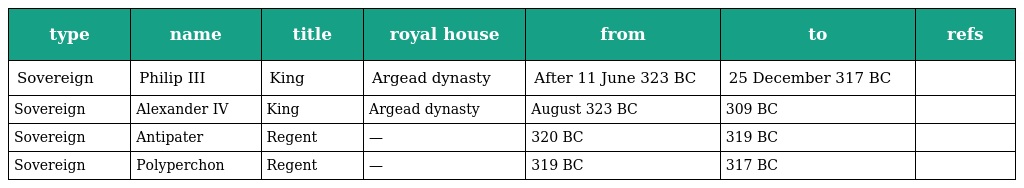
| type | name | title | royal house | from | to | refs |
 | --- | --- | --- | --- | --- | --- | --- |
 | Sovereign | Philip III | King | Argead dynasty | After 11 June 323 BC | 25 December 317 BC |  |
 | Sovereign | Alexander IV | King | Argead dynasty | August 323 BC | 309 BC |  |
 | Sovereign | Antipater | Regent | — | 320 BC | 319 BC |  |
 | Sovereign | Polyperchon | Regent | — | 319 BC | 317 BC |  |